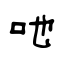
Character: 吔